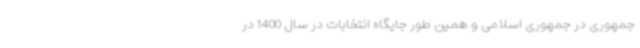
جمهوری در جمهوری اسلامی و همین طور جایگاه انتخابات در سال 1400 در